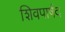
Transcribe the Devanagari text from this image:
शिवपार्षद